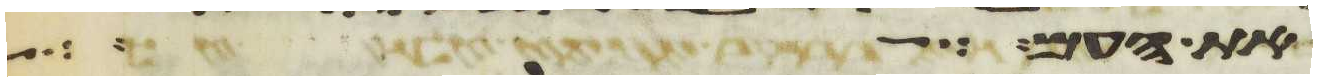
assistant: את העם על